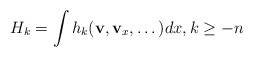
\begin{align*}H_k=\int h_k(\mathbf{v}, \mathbf{v}_x, \dots) dx,k\ge -n\end{align*}